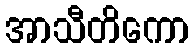
အာသီတိကော